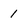
Character: 1